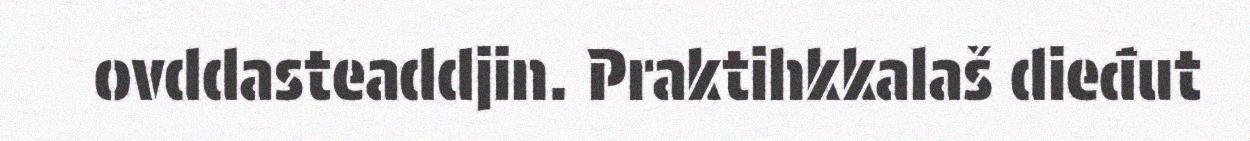
ovddasteaddjin. Praktihkkalaš dieđut